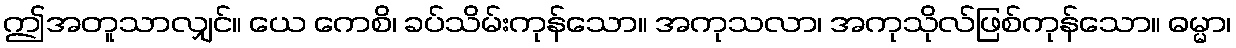
ဤအတူသာလျှင်။ ယေ ကေစိ၊ ခပ်သိမ်းကုန်သော။ အကုသလာ၊ အကုသိုလ်ဖြစ်ကုန်သော။ ဓမ္မာ၊